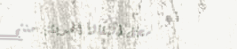
محل البقالة الحديثة: منتج